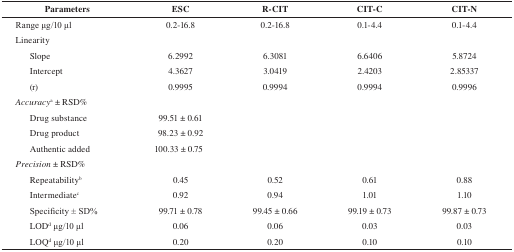
<table><thead><tr><td><b>Parameters</b></td><td><b>ESC</b></td><td><b>R-CIT</b></td><td><b>CIT-C</b></td><td><b>CIT-N</b></td></tr></thead><tbody><tr><td>Range μg/10 μl</td><td>0.2-16.8</td><td>0.2-16.8</td><td>0.1-4.4</td><td>0.1-4.4</td></tr><tr><td>Linearity</td><td></td><td></td><td></td><td></td></tr><tr><td>Slope</td><td>6.2992</td><td>6.3081</td><td>6.6406</td><td>5.8724</td></tr><tr><td>Intercept</td><td>4.3627</td><td>3.0419</td><td>2.4203</td><td>2.85337</td></tr><tr><td>(r)</td><td>0.9995</td><td>0.9994</td><td>0.9994</td><td>0.9996</td></tr><tr><td><i>Accuracy</i>a ± RSD%</td><td></td><td></td><td></td><td></td></tr><tr><td>Drug substance</td><td>99.51 ± 0.61</td><td></td><td></td><td></td></tr><tr><td>Drug product</td><td>98.23 ± 0.92</td><td></td><td></td><td></td></tr><tr><td>Authentic added</td><td>100.33 ± 0.75</td><td></td><td></td><td></td></tr><tr><td><i>Precision</i> ± RSD%</td><td></td><td></td><td></td><td></td></tr><tr><td>Repeatabilityb</td><td>0.45</td><td>0.52</td><td>0.61</td><td>0.88</td></tr><tr><td>Intermediatec</td><td>0.92</td><td>0.94</td><td>1.01</td><td>1.10</td></tr><tr><td>Specificity ± SD%</td><td>99.71 ± 0.78</td><td>99.45 ± 0.66</td><td>99.19 ± 0.73</td><td>99.87 ± 0.73</td></tr><tr><td>LODd μg/10 μl</td><td>0.06</td><td>0.06</td><td>0.03</td><td>0.03</td></tr><tr><td>LOQd μg/10 μl</td><td>0.20</td><td>0.20</td><td>0.10</td><td>0.10</td></tr></tbody></table>